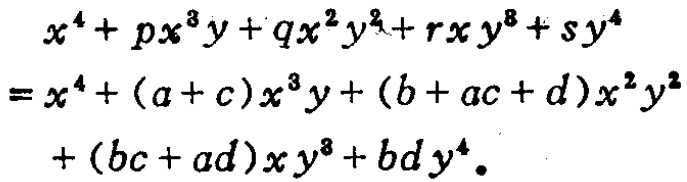
\[
\begin{align*}
&x^{4}+px^{3}y + qx^{2}y^{2}+rxy^{3}+sy^{4}\\
=&x^{4}+(a + c)x^{3}y+(b + ac + d)x^{2}y^{2}\\
&+(bc + ad)xy^{3}+bdy^{4}。
\end{align*}
\]